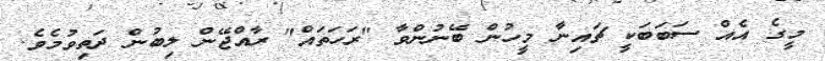
މީގެ އެއް ސަބަބަކީ ޗައިނާ މީހުން ބޭނުންވާ "ރަހަތައް" ރާއްޖޭން ލިބުން ދަތިވުމެވެ.